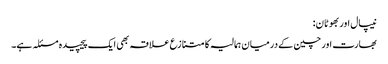
نیپال اور بھوٹان:
بھارت اور چین کے درمیان ہمالیہ کا متنازع علاقہ بھی ایک پیچیدہ مسئلہ ہے۔